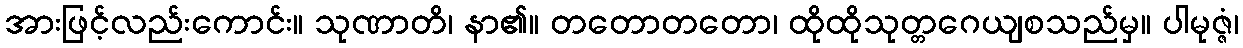
အားဖြင့်လည်းကောင်း။ သုဏာတိ၊ နာ၏။ တတောတတော၊ ထိုထိုသုတ္တဂေယျစသည်မှ။ ပါမုဇ္ဇံ၊